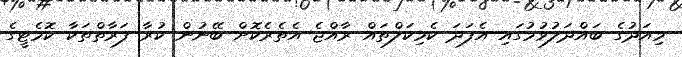
މިއަދުގެ ބައްދަލުވުމުގައި އެފަދަ ކެމިކަލްތައް ރާއްޖެ އެތެރެކޮށް ބޭނުން ކުރާ ފަރާތްތަކާ ކޮމެޓީގެ